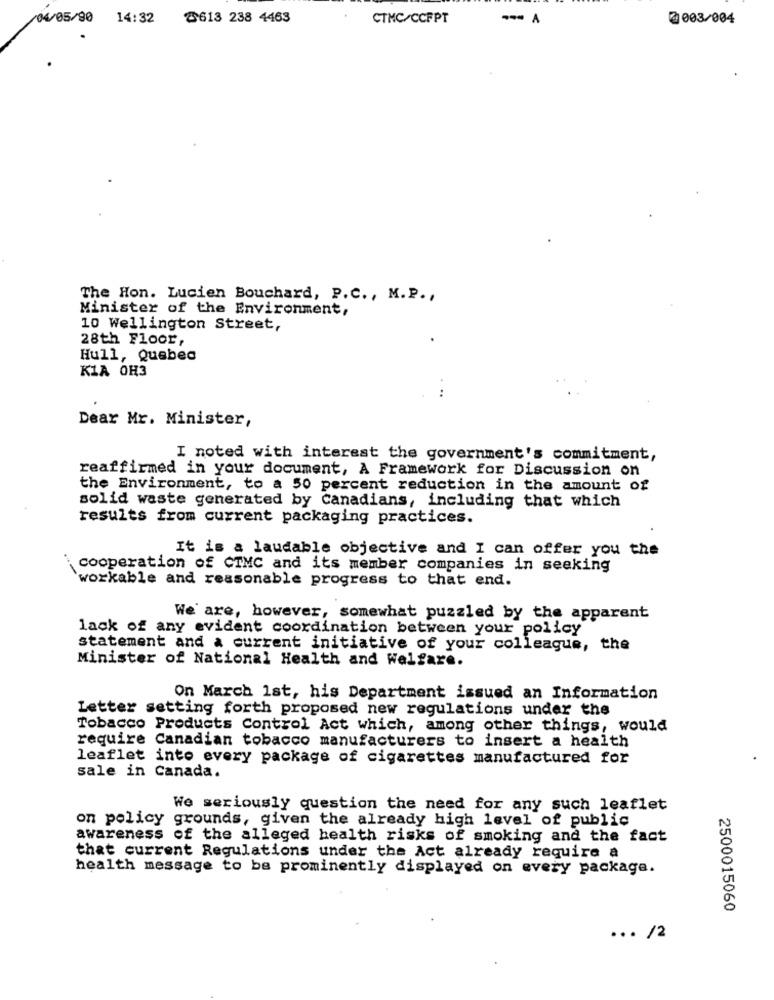
/04/05/90 14:32
2613 238 4463
CTMC/CCFPT
-** A
@ 003/004
The Hon. Lucien Bouchard, P.C ., M.P .,
Minister of the Environment,
10 Wellington Street,
28th Floor,
Hull, Quebec
KIA OH3
....
Dear Mr. Minister,
I noted with interest the government's commitment,
reaffirmed in your document, A Framework for Discussion on
the Environment, to a 50 percent reduction in the amount of
solid waste generated by Canadians, including that which
results from current packaging practices.
It is a laudable objective and I can offer you the
cooperation of CIMC and its member companies in seeking
`workable and reasonable progress to that end.
We are, however, somewhat puzzled by the apparent
lack of any evident coordination between your policy
statement and a current initiative of your colleague, the
Minister of National Health and Welfare.
On March 1st, his Department issued an Information
Letter setting forth proposed new regulations under the
Tobacco Products Control Act which, among other things, would
require Canadian tobacco manufacturers to insert a health
leaflet into every package of cigarettes manufactured for
sale in Canada.
We seriously question the need for any such leaflet
on policy grounds, given the already high level of public
awareness of the alleged health risks of smoking and the fact
that current Regulations under the Act already require a
health message to be prominently displayed on every package.
2500015060
... /2